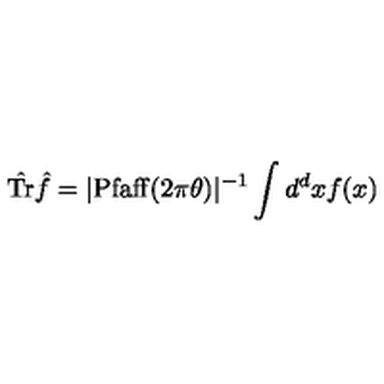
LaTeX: \hat { \mathrm { T r } } { \hat { f } } = | \mathrm { P f a f f } ( 2 \pi \theta ) | ^ { - 1 } \int d ^ { d } x f ( x )